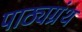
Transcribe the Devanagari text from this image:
पाठ्यग्रंथ